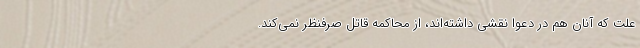
علت كه آنان هم در دعوا نقشي داشته‌اند، از محاكمه قاتل صرفنظر نمي‌كند.